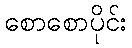
စောစောပိုင်း